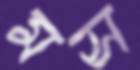
মস